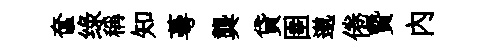
奩绿稱知蕚龔貸圉邈倦贄内